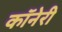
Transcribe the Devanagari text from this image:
कॉनेरी